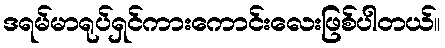
ဒရမ်မာရုပ်ရှင်ကားကောင်းလေးဖြစ်ပါတယ်။